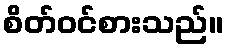
စိတ်ဝင်စားသည်။